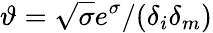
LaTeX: \vartheta=\sqrt{\sigma}e^{\sigma}/(\delta_{i}\delta_{m})